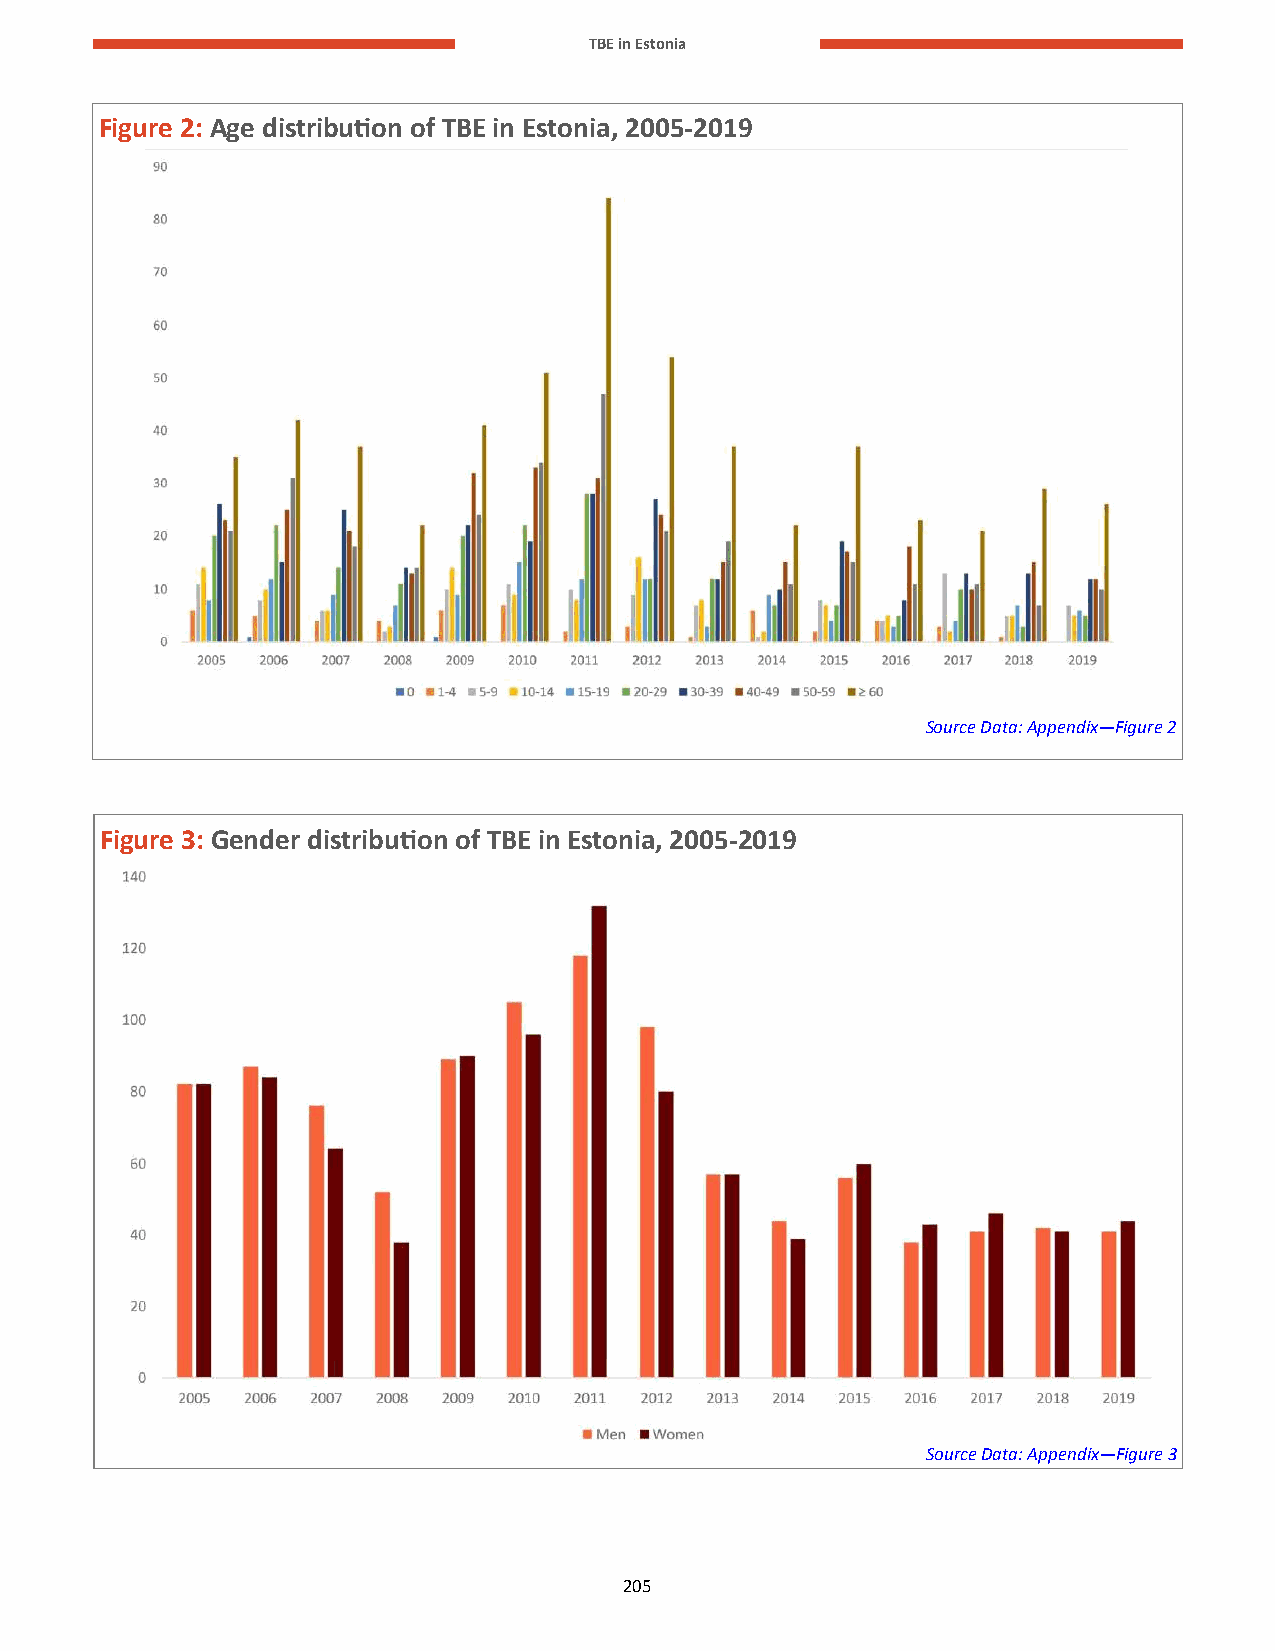
TBE in Estonia
 Figure 2: Age distribution of TBE in Estonia, 2005-2019
 Source Data: Appendix—Figure 2
 F igure 3: Gender distribution of TBE in Estonia, 2005-2019
 Source Data: Appendix—Figure 3
 205